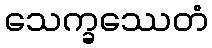
သေက္ခဿေတံ